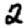
Digit: 2